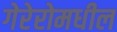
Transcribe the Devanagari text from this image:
गेरेरोमधील